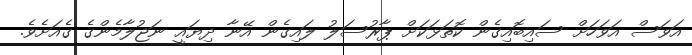
އަވަސް އަވަހަށް ސައިބޮއިގެން ކޮތަޅަކަށް ޕާރުސަލު ލައިގެން އޭނާ ދިޔައީ ނަޖުލާމެންގެ ގެއަށެވެ.